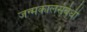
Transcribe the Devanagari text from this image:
जन्मकालसंबंधी